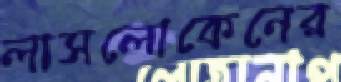
লাসলোকেনের